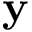
\mathbf { y }